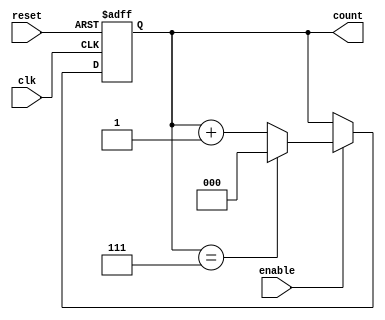
module binary_up_counter (
    input wire clk,          // Clock signal
    input wire reset,        // Asynchronous reset signal (active high)
    input wire enable,       // Enable signal (active high)
    output reg [N-1:0] count // N-bit counter output
);
    parameter N = 3; // Number of bits for the counter (adjust as needed)

    // Always block triggered on the rising edge of the clock or reset
    always @(posedge clk or posedge reset) begin
        if (reset) begin
            count <= 0; // Reset the counter to zero
        end else if (enable) begin
            if (count == (2**N - 1)) begin
                count <= 0; // Wrap around to zero after reaching max count
            end else begin
                count <= count + 1; // Increment the counter
            end
        end
    end
endmodule